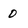
Character: 0